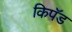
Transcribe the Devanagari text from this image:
किपॅड